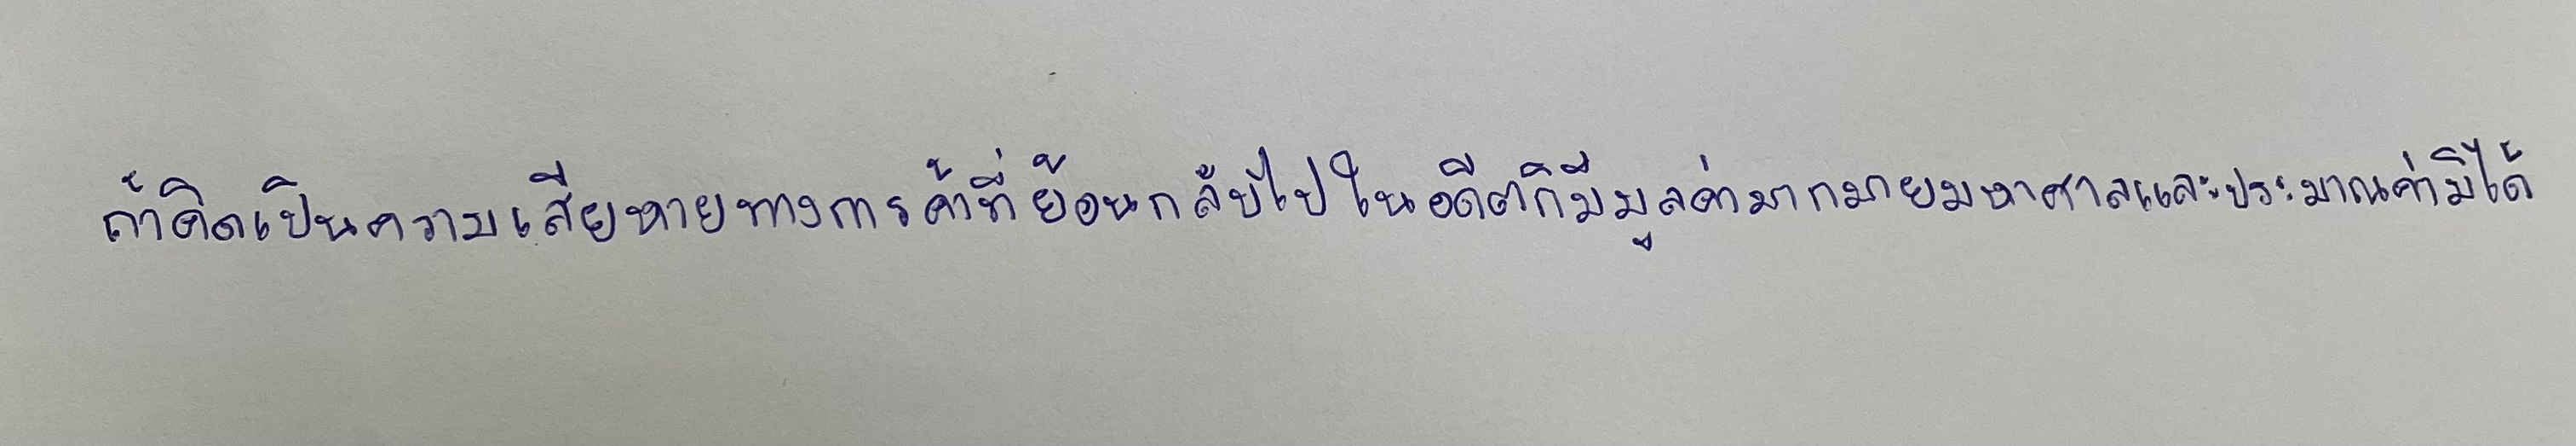
ถ้าคิดเป็นความเสียหายทางการค้าที่ย้อนกลับไปในอดีตก็มีมูลค่ามากมายมหาศาลและประมาณค่ามิได้